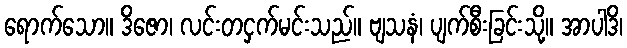
ရောက်သော။ ဒိဇော၊ လင်းတငှက်မင်းသည်။ ဗျသနံ၊ ပျက်စီးခြင်းသို့။ အာပါဒိ၊